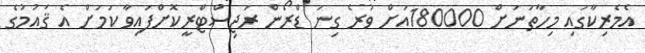
އެމެރިކާގައި މިހާތަަނަށް 180000އަށް ވުރެ ގިނަ ޑްރޯން ރަޖިސްޓްރީކޮށްފައިވާ ކަމަށް އެ ޤައުމުގެ